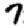
Digit: 7